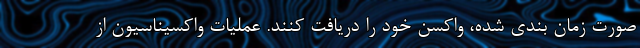
صورت زمان بندی شده، واکسن خود را دریافت کنند. عملیات واکسیناسیون از